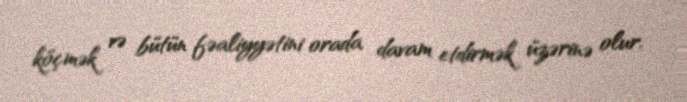
köçmək və bütün fəaliyyətini orada davam etdirmək üzərinə olur.